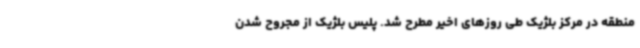
منطقه در مرکز بلژیک طی روزهای اخیر مطرح شد. پلیس بلژیک از مجروح شدن